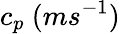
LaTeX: c_{p}\ (ms^{-1})